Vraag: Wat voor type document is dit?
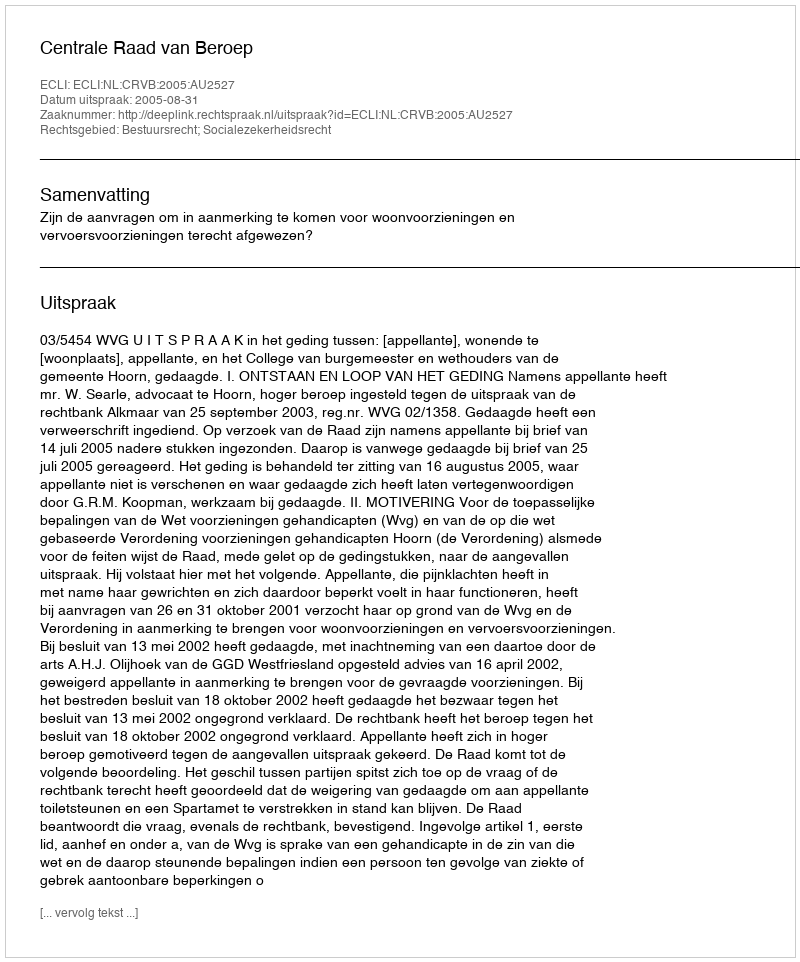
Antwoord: Uitspraak